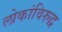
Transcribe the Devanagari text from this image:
लोकांविरुद्ध